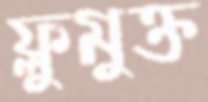
ফ্লুমুক্ত